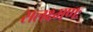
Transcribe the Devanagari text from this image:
सलक्ष्मणः